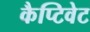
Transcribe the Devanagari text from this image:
कैप्टिवेट